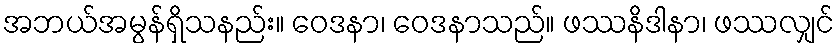
အဘယ်အမွန်ရှိသနည်း။ ဝေဒနာ၊ ဝေဒနာသည်။ ဖဿနိဒါနာ၊ ဖဿလျှင်